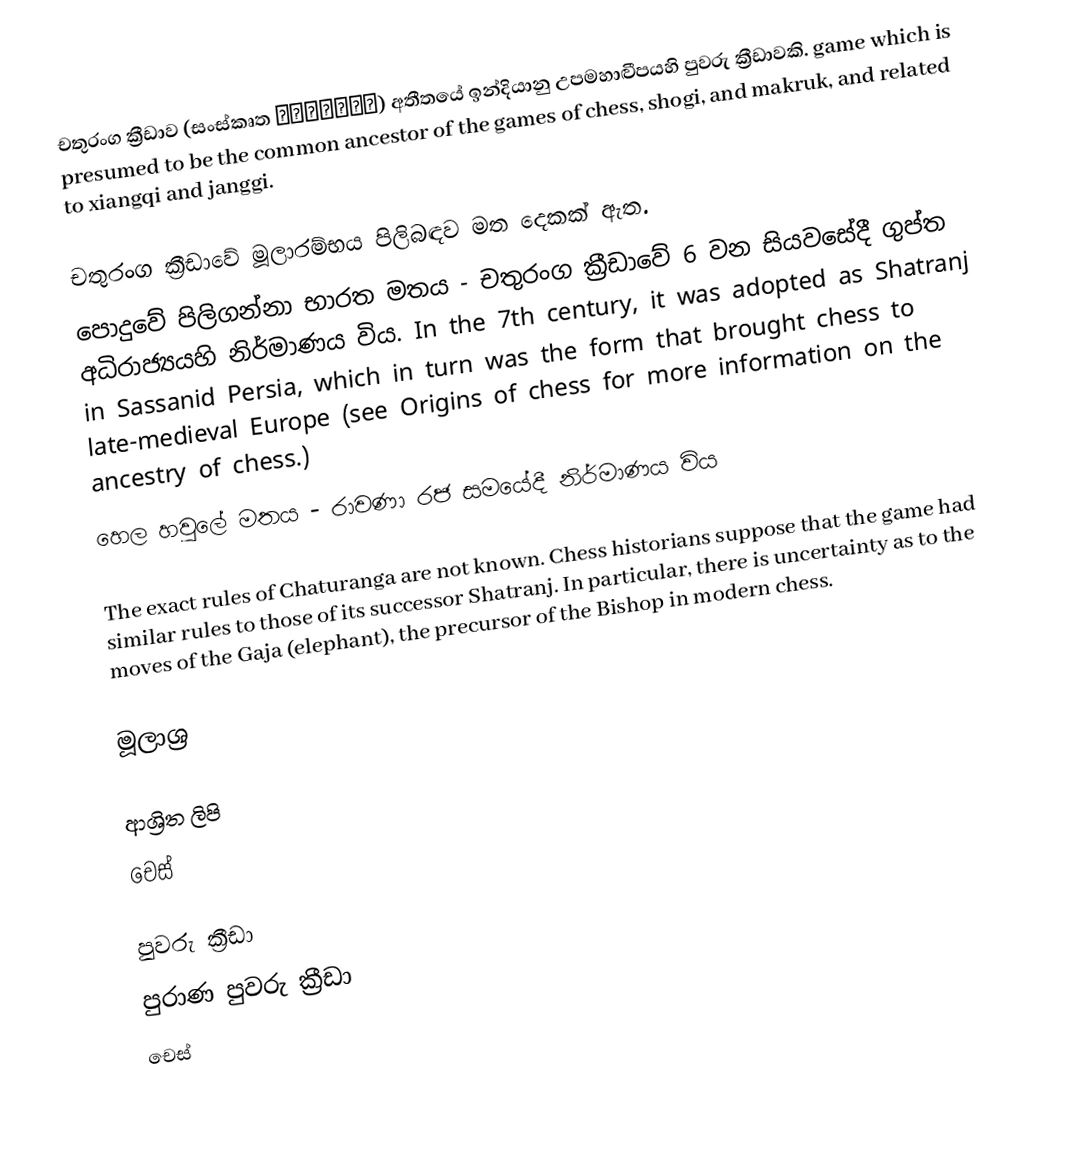
චතුරංග ක්‍රීඩාව  (සංස්කෘත  चतुरङ्ग)  අතීතයේ ඉන්දියානු උපමහාද්‍වීපයහි පුවරු ක්‍රීඩාවකි. game which is presumed to be the common ancestor of the games of chess, shogi, and makruk, and related to xiangqi and janggi.

චතුරංග ක්‍රීඩාවේ මූලාරම්භය පිලිබඳව මත දෙකක් ඇත.
 පොදුවේ පිලිගන්නා භාරත මතය - චතුරංග ක්‍රීඩාවේ 6 වන සියවසේදී ගුප්ත අධිරාජ්‍යයහි නිර්මාණය විය. In the 7th century, it was adopted as Shatranj in Sassanid Persia, which in turn was the form that brought chess to late-medieval Europe  (see Origins of chess for more information on the ancestry of chess.)
 හෙල හවුලේ මතය - රාවණා රජ සමයේදී නිර්මාණය විය

The exact rules of Chaturanga are not known. Chess historians suppose that the game had similar rules to those of its successor Shatranj. In particular, there is uncertainty as to the moves of the Gaja (elephant), the precursor of the Bishop in modern chess.

මූලාශ්‍ර

ආශ්‍රිත ලිපි
 චෙස්

පුවරු ක්‍රීඩා
පුරාණ පුවරු ක්‍රීඩා
චෙස්